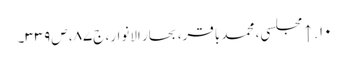
۱۰. ↑ مجلسی، محمد باقر، بحار الانوار، ج‌۸۷، ص‌۳۳۹۔